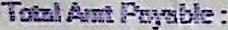
TOTAL AMT PAYABLE :